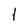
Character: l